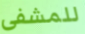
للمشفى